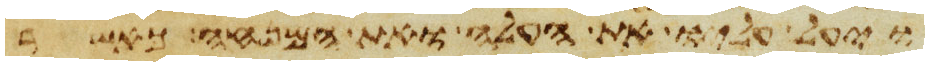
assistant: ויעל עליו את העלה ואת המנחה כאשר